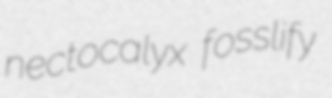
nectocalyx fosslify